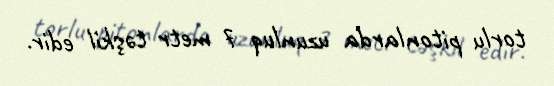
torlu pitonlarda uzunluq 7 metr təşkil edir.